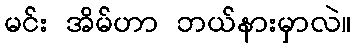
မင်း အိမ်ဟာ ဘယ်နားမှာလဲ။